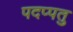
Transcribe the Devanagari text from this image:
पदप्पतु